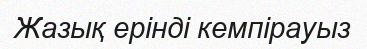
Жазық ерінді кемпірауыз